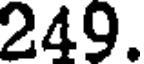
249.